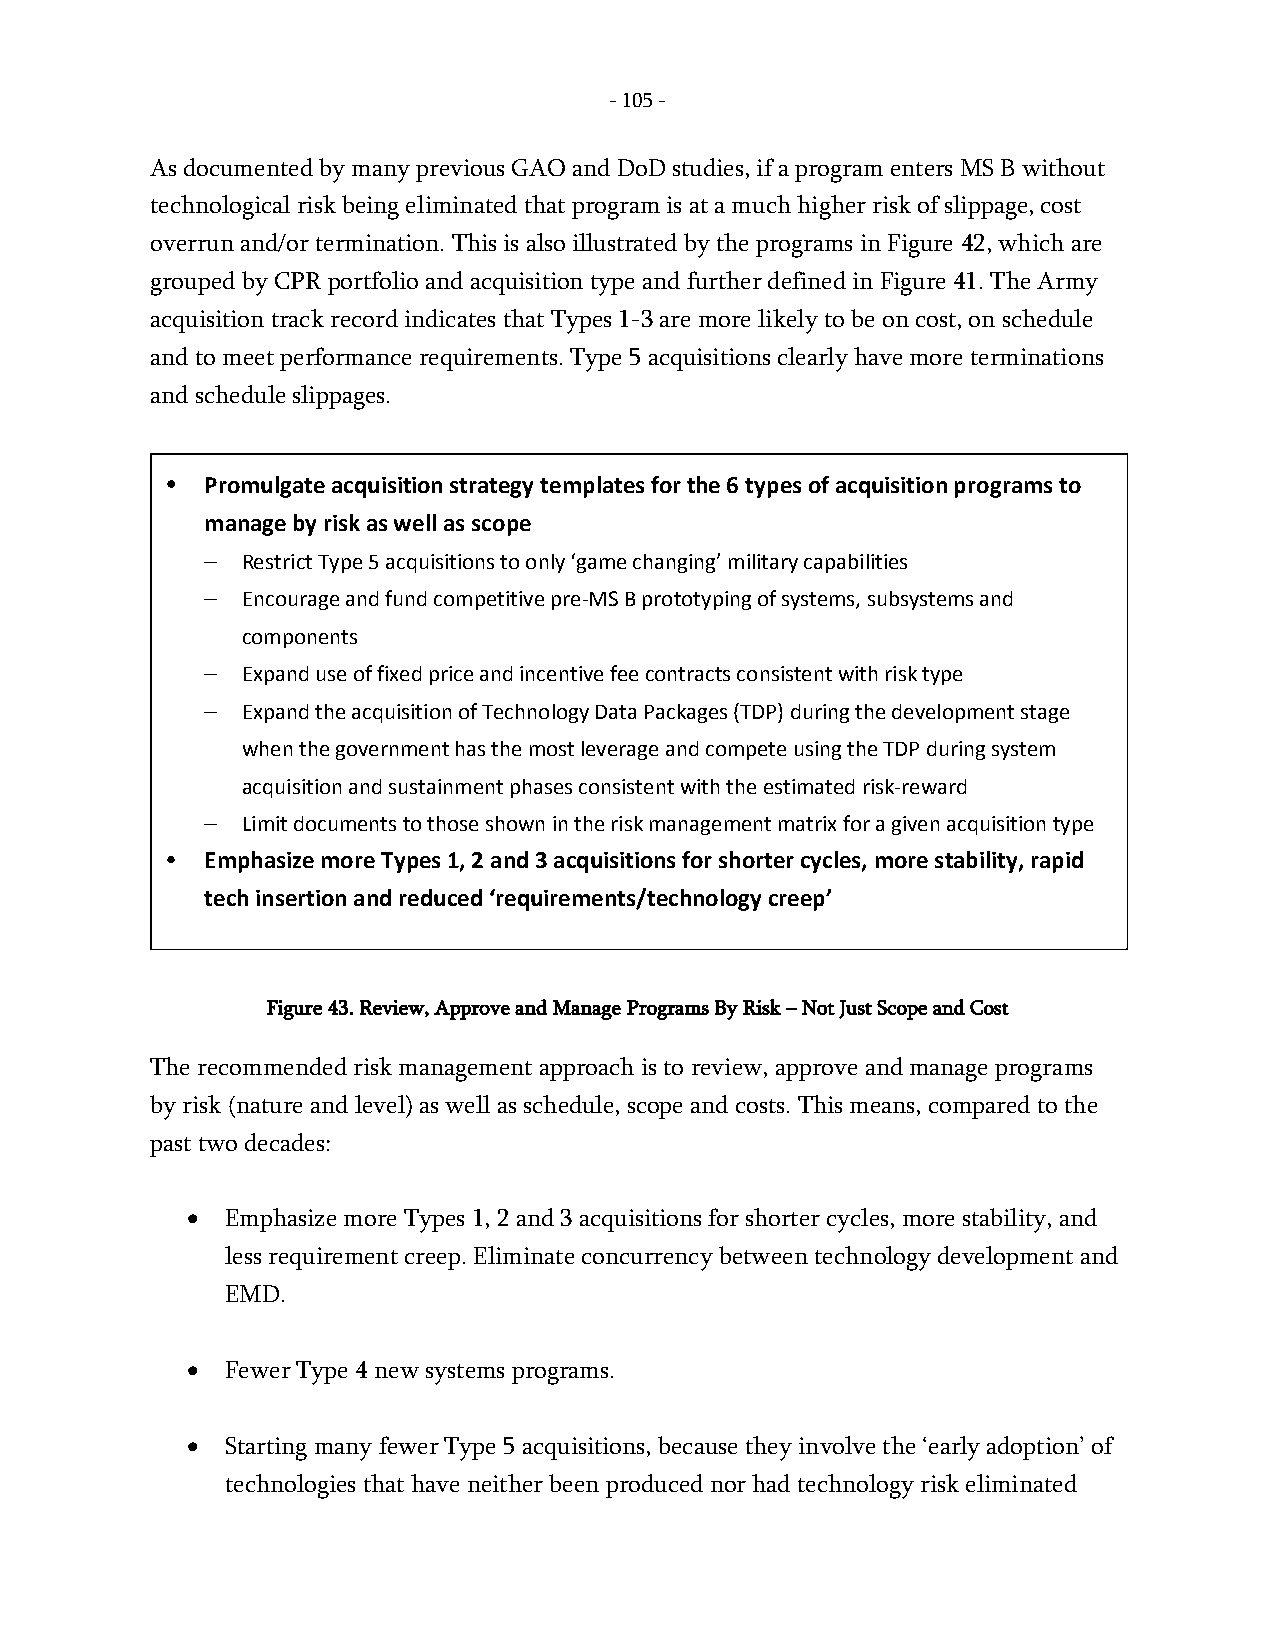
- 105 -
 As documented by many previous GAO and DoD studies, if a program enters MS B without
 technological risk being eliminated that program is at a much higher risk of slippage, cost
 overrun and/or termination. This is also illustrated by the programs in Figure 42, which are
 grouped by CPR portfolio and acquisition type and further defined in Figure 41. The Army
 acquisition track record indicates that Types 1-3 are more likely to be on cost, on schedule
 and to meet performance requirements. Type 5 acquisitions clearly have more terminations
 and schedule slippages.
 •  Promulgate acquisition strategy templates for the 6 types of acquisition programs to
 manage by risk as well as scope
 – Restrict Type 5 acquisitions to only ‘game changing’ military capabilities
 – Encourage and fund competitive pre-MS B prototyping of systems, subsystems and
 components
 – Expand use of fixed price and incentive fee contracts consistent with risk type
 – Expand the acquisition of Technology Data Packages (TDP) during the development stage
 when the government has the most leverage and compete using the TDP during system
 acquisition and sustainment phases consistent with the estimated risk-reward
 – Limit documents to those shown in the risk management matrix for a given acquisition type
 •  Emphasize more Types 1, 2 and 3 acquisitions for shorter cycles, more stability, rapid
 tech insertion and reduced ‘requirements/technology creep’
 Figure 43. Review, Approve and Manage Programs By Risk – Not Just Scope and Cost
 The recommended risk management approach is to review, approve and manage programs
 by risk (nature and level) as well as schedule, scope and costs. This means, compared to the
 past two decades:
 •  Emphasize more Types 1, 2 and 3 acquisitions for shorter cycles, more stability, and
 less requirement creep. Eliminate concurrency between technology development and
 EMD.
 •  Fewer Type 4 new systems programs.
 •  Starting many fewer Type 5 acquisitions, because they involve the ‘early adoption’ of
 technologies that have neither been produced nor had technology risk eliminated
 -
 105
 -